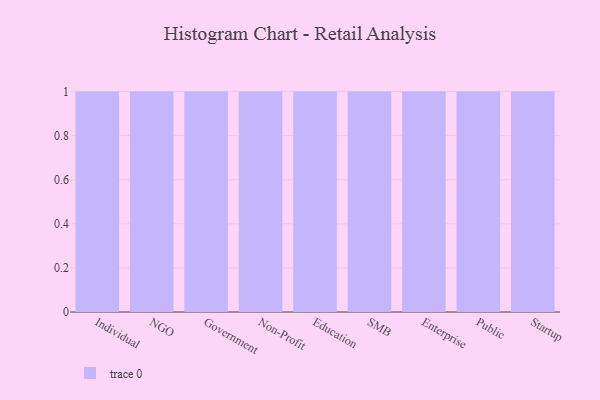
{"axis": {"x": "Segment", "y": "Latency (ms)"}, "legend": [""], "data": [{"x": "Individual", "y": 24, "type": ""}, {"x": "NGO", "y": 54, "type": ""}, {"x": "Government", "y": 33, "type": ""}, {"x": "Non-Profit", "y": 64, "type": ""}, {"x": "Education", "y": 43, "type": ""}, {"x": "SMB", "y": 66, "type": ""}, {"x": "Enterprise", "y": 3, "type": ""}, {"x": "Public", "y": 77, "type": ""}, {"x": "Startup", "y": 69, "type": ""}]}